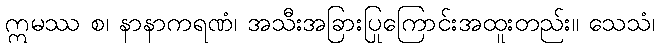
ဣမဿ စ၊ နာနာကရဏံ၊ အသီးအခြားပြုကြောင်းအထူးတည်း။ သေသံ၊